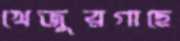
খেজুরগাছে